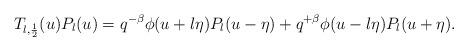
LaTeX: \begin{align*}T_{l, \frac12}(u) P_{l}(u) = q^{-\beta}\phi (u+l \eta) P_{l} (u-\eta) +q^{+\beta}\phi (u-l \eta) P_{l} (u+\eta).\end{align*}